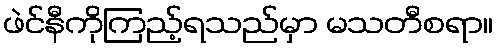
ဖဲင်နီကိုကြည့်ရသည်မှာ မသတီစရာ။